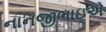
નાનજીભાઇએ